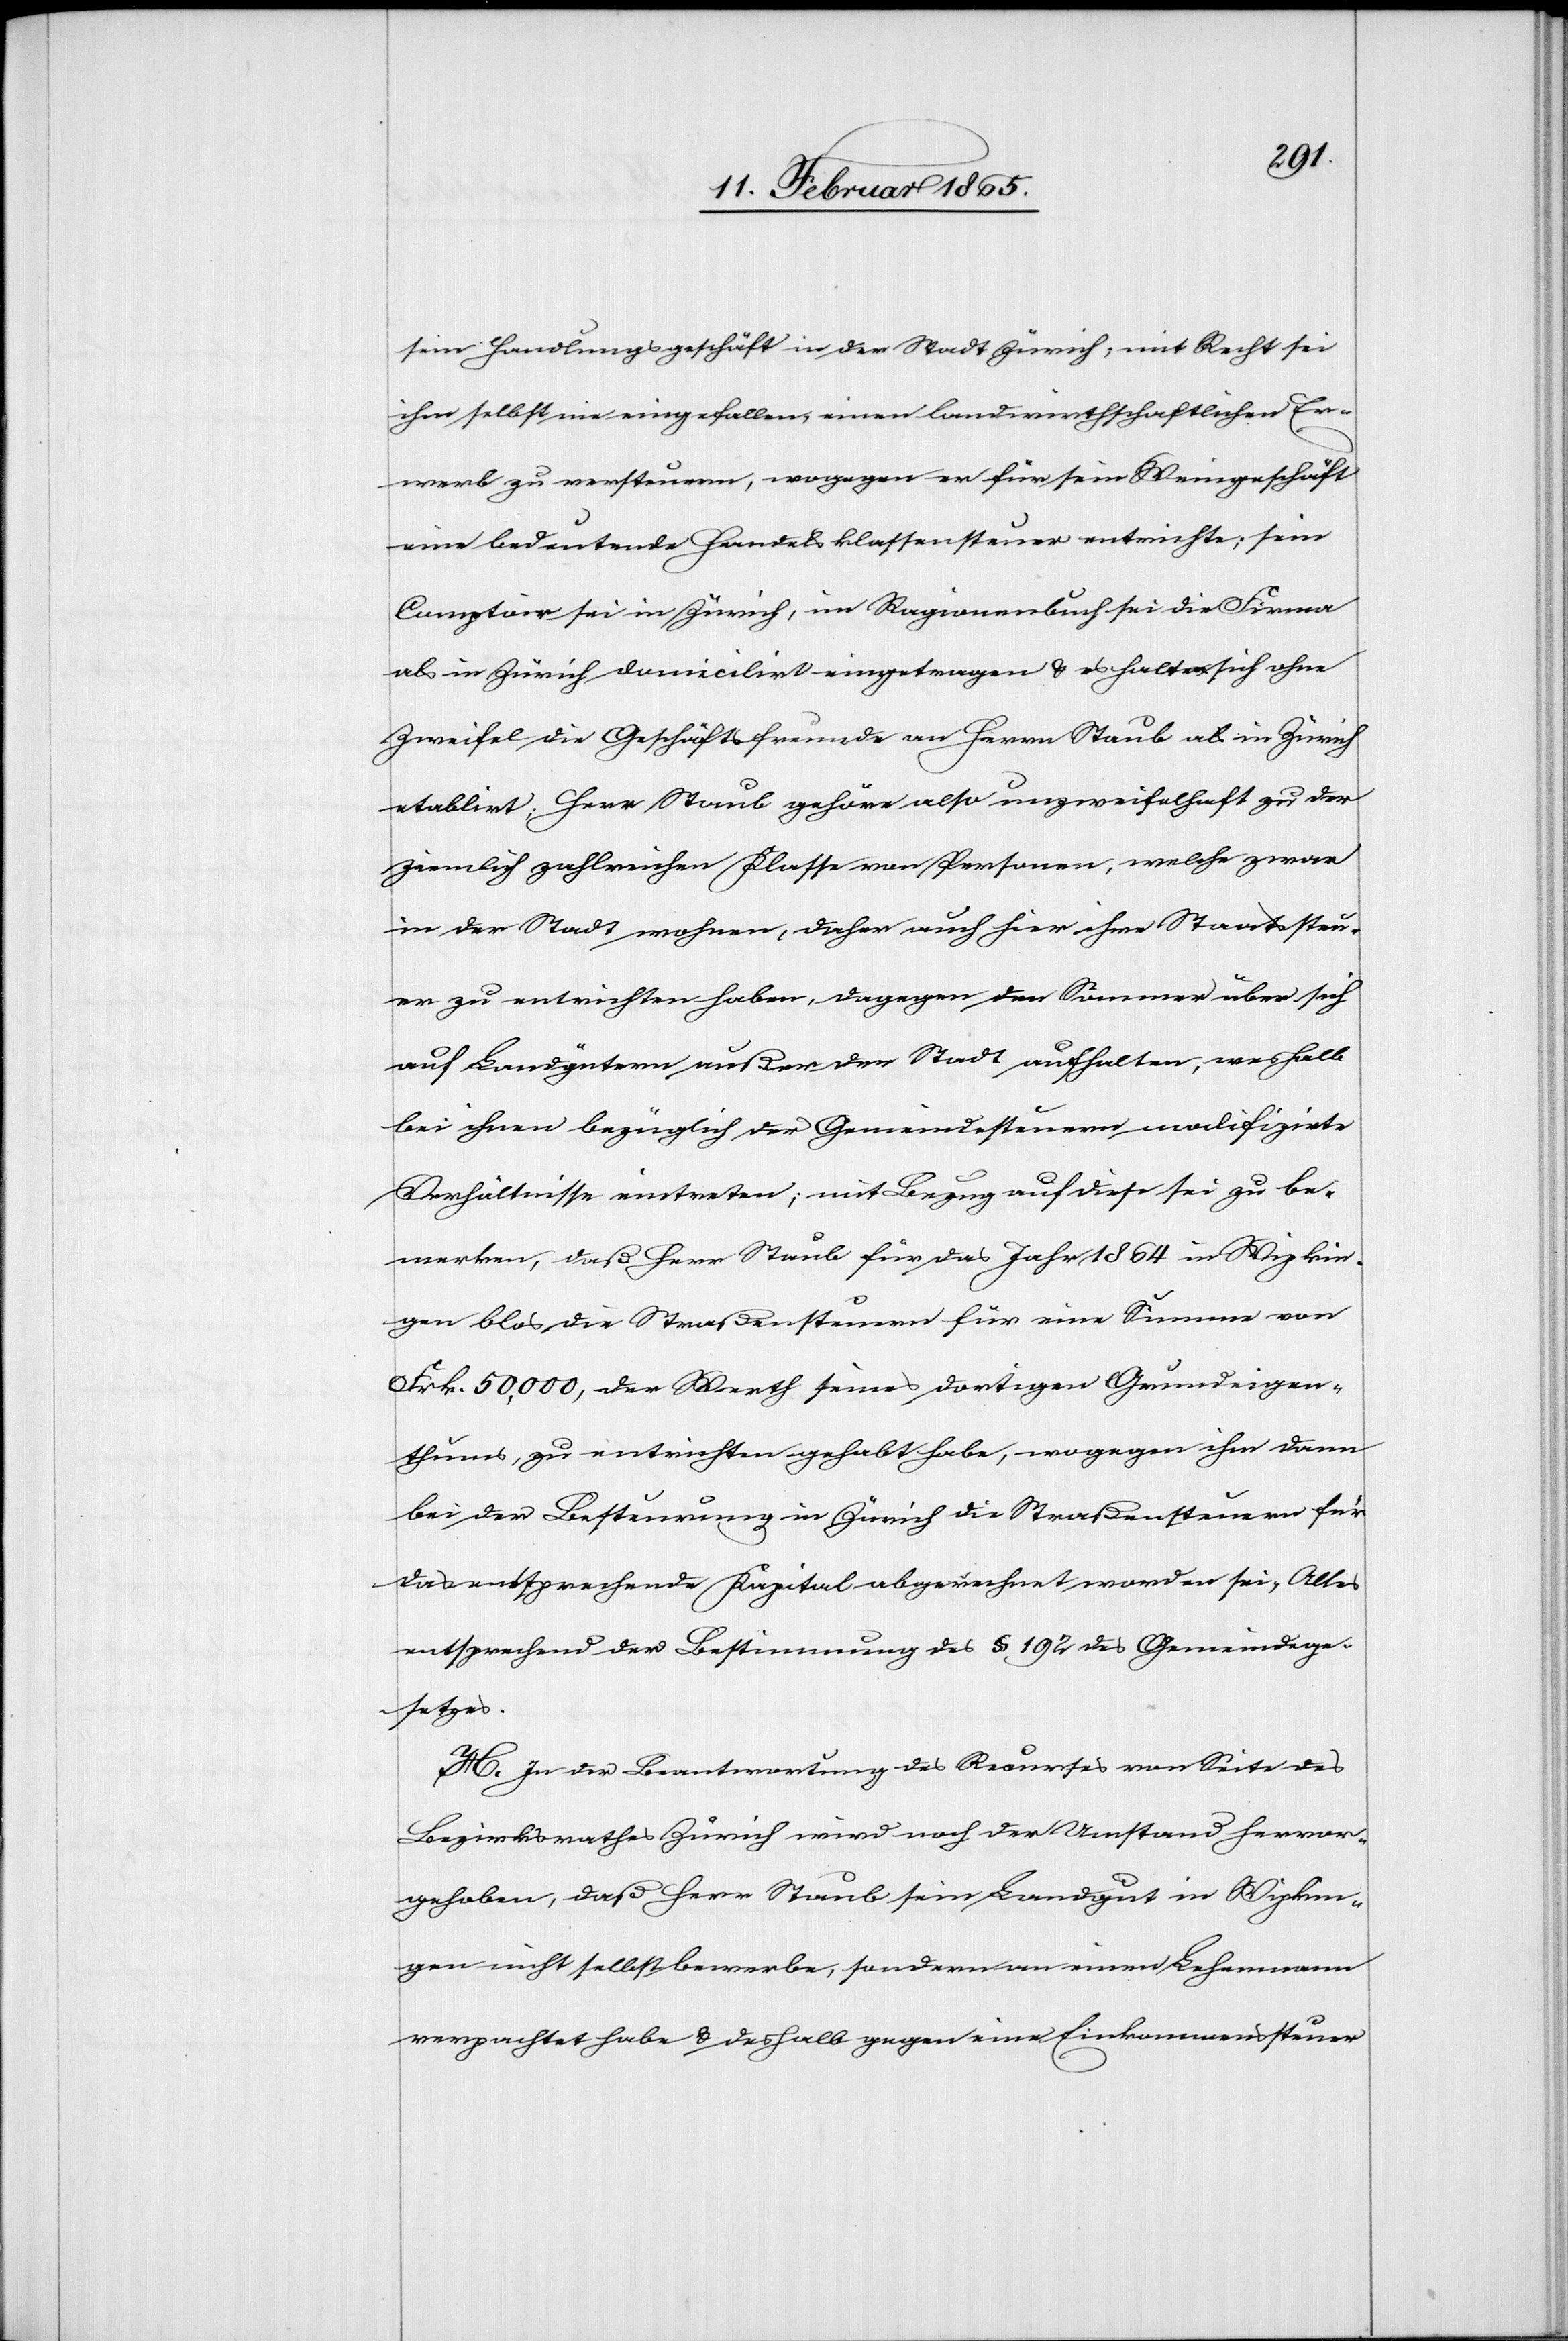
sein Handlungsgeschäft in der Stadt Zürich, mit Recht sei
ihm selbst nie eingefallen, einen landwirthschaftlichen Er¬
werb zu versteuern, wogegen er für sein Weingeschäft
eine bedeutende Handelsklassensteuer entrichte; sein
Comptoir sei in Zürich, im Ragionenbuch sei die Firma
als in Zürich domicilirt eingetragen u. es halten sich ohne
Zweifel die Geschäftsfreunde an Herrn Staub als in Zürich
etablirt; Herr Staub gehöre also unzweifelhaft zu der
ziemlich zahlreichen Klasse von Personen, welche zwar
in der Stadt wohnen, daher auch hier ihre Staatssteu¬
er zu entrichten haben, dagegen den Sommer über sich
auf Landgütern außer der Stadt aufhalten, weshalb
bei ihnen bezüglich der Gemeindesteuern modifizirte
Verhältnisse eintreten; mit Bezug auf diese sei zu be¬
merken, daß Herr Staub für das Jahr 1864 in Wipkin¬
gen blos die Straßensteuern für eine Summe von
Frk. 50,000, der Werth seines dortigen Grundeigen¬
thums, zu entrichten gehabt habe, wogegen ihm dann
bei der Besteurung in Zürich die Straßensteuern für
das entsprechende Kapital abgerechnet worden sei[en], Alles
entsprechend der Bestimmung des § 192 des Gemeindege¬
setzes.
H. In der Beantwortung des Recurses von Seite des
Bezirksrathes Zürich wird noch der Umstand hervor¬
gehoben, daß Herr Staub sein Landgut in Wipkin¬
gen nicht selbst bewerbe, sondern an einen Lehenmann
verpachtet habe u. deshalb gegen eine Einkommenssteuer